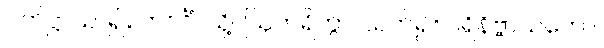
ပတိဋ္ဌာယ၊ ၍။ ဘဝင်္ဂံ၊ သို့။ ဩတရိတွာ၊ သက်၍။ ပရိနိဗ္ဗာယတော၊